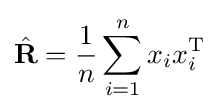
{\hat {\mathbf {R} }}={1 \over n}\sum _{i=1}^{n}x_{i}x_{i}^{\mathrm {T} }